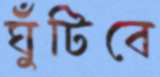
ঘুঁটিবে